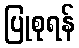
ပြုစုရန်